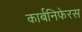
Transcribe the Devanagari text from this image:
कार्बनिफेरस